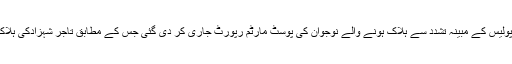
2015ء)لاہور کے علاقے گوالمنڈی میں پولیس کے مبینہ تشدد سے ہلاک ہونے والے نوجوان کی پوسٹ مارٹم رپورٹ جاری کر دی گئی جس کے مطابق تاجر شہزادکی ہلاکت دل کا دورہ پڑنے کے باعث ہوئی ہے ۔